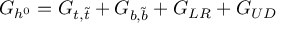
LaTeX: G _ { h ^ { 0 } } = G _ { t , { \tilde { t } } } + G _ { b , { \tilde { b } } } + G _ { L R } + G _ { U D }